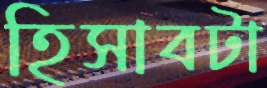
হিসাবটা